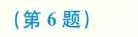
(第6题)